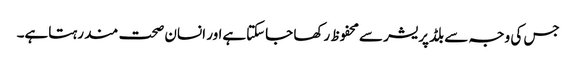
جس کی وجہ سے بلڈپریشر سےمحفوظ رکھا جاسکتاہےاور انسان صحت مند رہتاہے۔